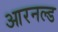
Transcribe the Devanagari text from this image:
आरनल्‍ड